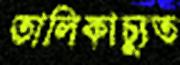
তালিকাচ্যুত